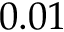
0 . 0 1